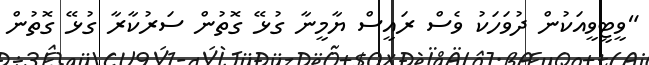
"ވީޓީވީއަކުން ދުވަހަކު ވެސް ރައީސް ޔާމީނާ ގުޅޭ ގޮތުން ސަރުކާރާ ގުޅޭ ގޮތުން